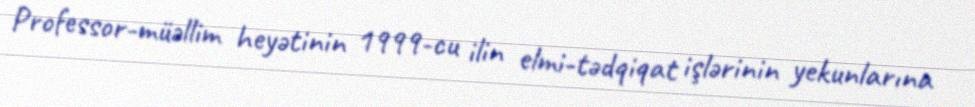
Professor-müəllim heyətinin 1999-cu ilin elmi-tədqiqat işlərinin yekunlarına